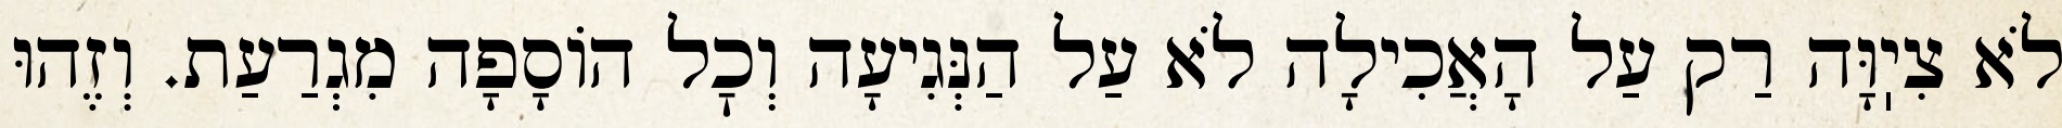
לֹא צִיֽוָּה רַק עַל הָאֲכִילָה לֹא עַל הַנְּגִיעָה וְכׇל הוֹסָפָה מִגְרַעַת. וְזֶהוּ